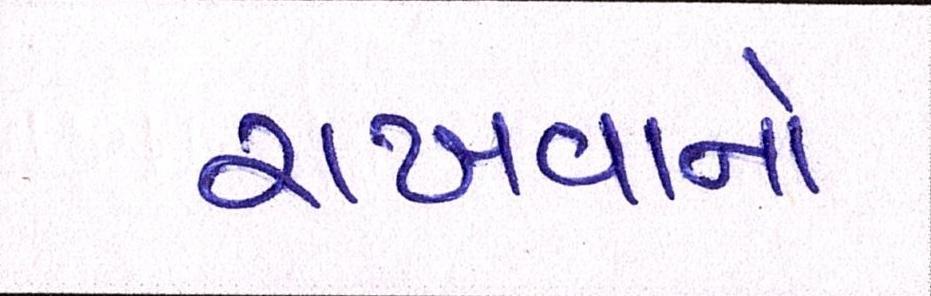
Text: રાખવાનો